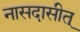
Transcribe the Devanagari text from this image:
नासदासीत्